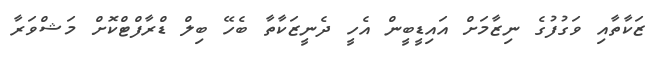
ޒަކާތާއި ވަގުފުގެ ނިޒާމަށް އައިޑީބީން އެހީ ދެނީޒަކާތާ ބެހޭ ބިލް ޑްރާފްޓްކޮށް މަޝްވަރާ